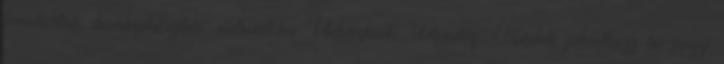
fenntartva, honlapkészítés: webwall.hu Üdvözlünk, Vendég. Kérlek jelentkezz be vagy